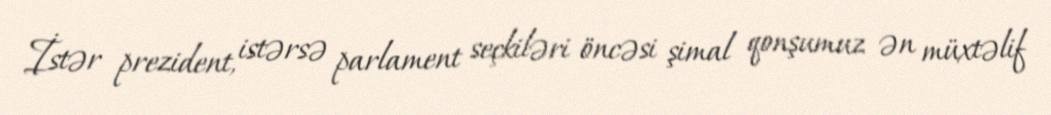
İstər prezident, istərsə parlament seçkiləri öncəsi şimal qonşumuz ən müxtəlif